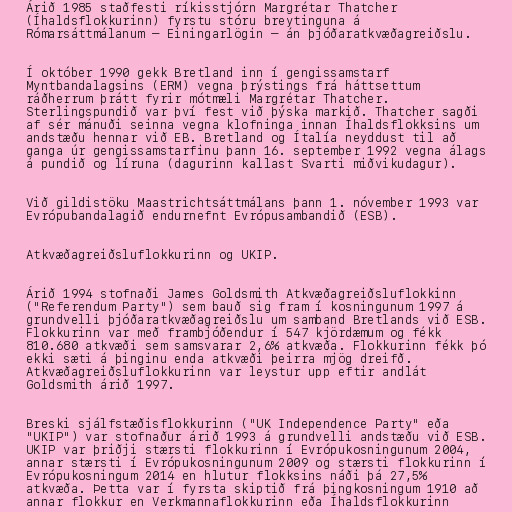
Árið 1985 staðfesti ríkisstjórn Margrétar Thatcher
(Íhaldsflokkurinn) fyrstu stóru breytinguna á
Rómarsáttmálanum – Einingarlögin – án þjóðaratkvæðagreiðslu.

Í október 1990 gekk Bretland inn í gengissamstarf
Myntbandalagsins (ERM) vegna þrýstings frá háttsettum
ráðherrum þrátt fyrir mótmæli Margrétar Thatcher.
Sterlingspundið var því fest við þýska markið. Thatcher sagði
af sér mánuði seinna vegna klofninga innan Íhaldsflokksins um
andstæðu hennar við EB. Bretland og Ítalía neyddust til að
ganga úr gengissamstarfinu þann 16. september 1992 vegna álags
á pundið og líruna (dagurinn kallast Svarti miðvikudagur).

Við gildistöku Maastrichtsáttmálans þann 1. nóvember 1993 var
Evrópubandalagið endurnefnt Evrópusambandið (ESB).

Atkvæðagreiðsluflokkurinn og UKIP.

Árið 1994 stofnaði James Goldsmith Atkvæðagreiðsluflokkinn
("Referendum Party") sem bauð sig fram í kosningunum 1997 á
grundvelli þjóðaratkvæðagreiðslu um samband Bretlands við ESB.
Flokkurinn var með frambjóðendur í 547 kjördæmum og fékk
810.680 atkvæði sem samsvarar 2,6% atkvæða. Flokkurinn fékk þó
ekki sæti á þinginu enda atkvæði þeirra mjög dreifð.
Atkvæðagreiðsluflokkurinn var leystur upp eftir andlát
Goldsmith árið 1997.

Breski sjálfstæðisflokkurinn ("UK Independence Party" eða
"UKIP") var stofnaður árið 1993 á grundvelli andstæðu við ESB.
UKIP var þriðji stærsti flokkurinn í Evrópukosningunum 2004,
annar stærsti í Evrópukosningunum 2009 og stærsti flokkurinn í
Evrópukosningum 2014 en hlutur flokksins náði þá 27,5%
atkvæða. Þetta var í fyrsta skiptið frá þingkosningum 1910 að
annar flokkur en Verkmannaflokkurinn eða Íhaldsflokkurinn